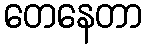
တေနေတာ